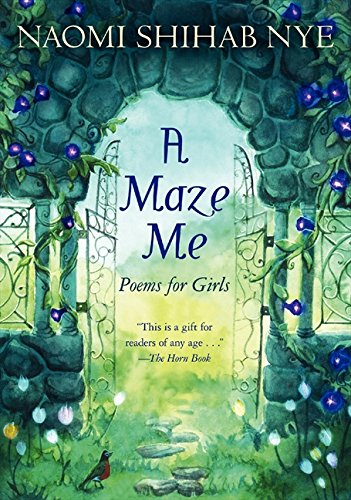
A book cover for A Maze Me: Poems for Girls; Naomi Shihab Nye; Teen & Young Adult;